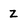
Character: Z